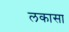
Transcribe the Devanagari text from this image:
लकासा